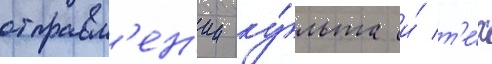
отправл'ен'ии ку́льта и́ т'е́х